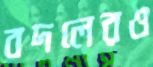
বদলেরও